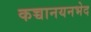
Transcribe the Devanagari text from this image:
कच्चानयनभेद